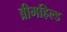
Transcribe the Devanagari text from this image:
ब्रीमहिल्ड